Lunatic asylums United Provinces 1909-1921 - 1909-1921
Year: 1909
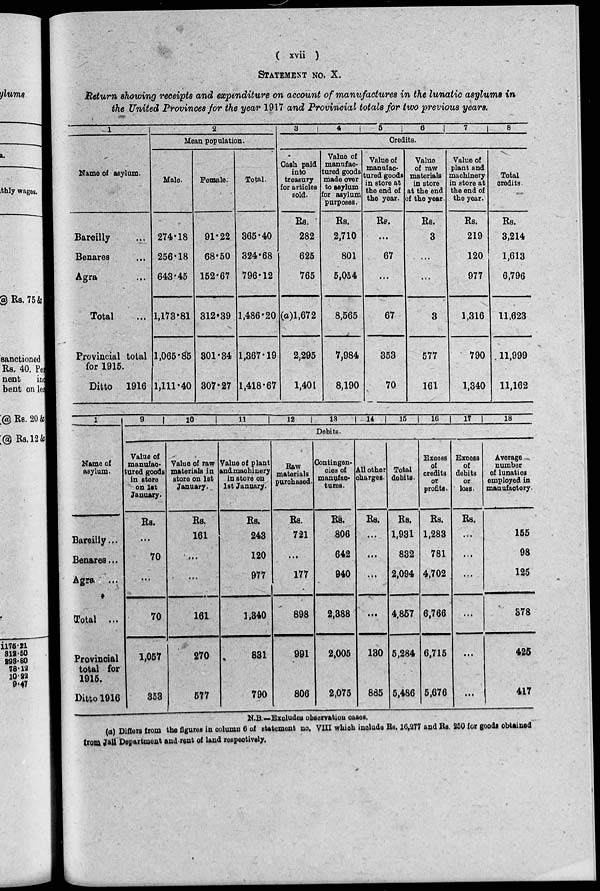
( xvii )
STATEMENT NO. X.
Return showing receipts and expenditure on account of manufactures in the lunatic asylums in
the United Provinces for the year 1917 and Provincial totals for two previous years.
1
Name of asylum.
Bareilly ...
Benares ...
Agra ...
Total ...
Provincial total
for 1915.
Ditto 1916
2
Mean population.
Male.
274.18
256.18
643.45
1,173.81
1,065.85
1,111.40
Female.
91.22
68.50
152.67
312.39
301.34
307.27
Total.
365.40
324.68
796.12
1,486.20
1,367.19
1,418.67
3
4
5
6
7
8
Credits.
Cash paid
into
treasury
for articles
sold.
Rs.
282
625
765
(a)l,672
2,295
1,401
Value of
manufac-
tured goods
made over
to asylum
for asylum
purposes.
Rs.
2,710
801
5,054
8,565
7,984
8,190
Value of
manufac-
tured goods
in store at
the end of
the year.
Rs.
...
67
...
67
353
70
Value
of raw
materials
in store
at the end
of the year.
Rs.
3
...
...
3
577
161
Value of
plant and
machinery
in store at
the end of
the year.
Rs.
219
120
977
1,316
790
1,340
Total
credits.
Rs.
3,214
1,613
6,796
11,623
11,999
11,162
1
Name of
asylum.
Bareilly...
Benares ...
Agra ...
Total ...
Provincial
total for
1915.
Ditto 1916
9
10
11
12
13
14
15
16 | 17
18
Debits.
Value of
manufac-
tured goods
in store
on 1st
January.
Rs.
...
70
...
70
1,057
853
Value of raw
materials in
store on 1st
January.
Rs.
161
...
...
161
270
577
Value of plant
andmachinery
in store on
1st January.
Rs.
243
120
977
1,340
831
790
Raw
materials
purchased.
Rs.
721
...
177
898
991
806
Contingen-
cies of
manufac-
tures.
Rs.
806
642
940
2,388
2,005
2,075
All other
charges.
Rs.
...
...
...
...
130
885
Total
debits.
Rs.
1,931
832
2,094
4,857
5,284
5,486
Excess
of
credits
or
profits.
Rs.
1,283
781
4,702
6,766
6,715
5,676
Excess
of
debits
or
loss.
Rs.
...
...
...
...
...
...
Average
number
of lunatics
employed in
manufactory
155
98
125
378
425
417
N.B.—Excludes observation cases.
(a) Differs from the figures in column 6 of statement no. VIII which include Rs, 16,277 and Rs. 250 for goods obtained
from Jáil Department and rent of land respectively.